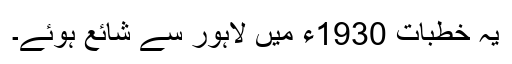
یہ خطبات 1930ء میں لاہور سے شائع ہوئے۔